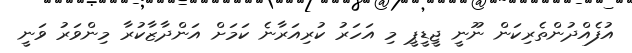
އުފެއްދުންތެރިކަން ނޫނީ ޖީޑީޕީ މި އަހަރު ކުރިއަރާނެ ކަމަށް އަންދާޒާކުރާ މިންވަރު ވަނީ